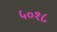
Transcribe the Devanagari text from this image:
५०१८